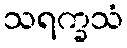
သရက္ခသံ